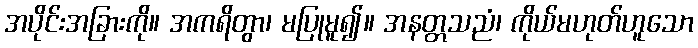
အပိုင်းအခြားကို။ အကရိတွာ၊ မပြုမူ၍။ အနတ္တသညံ၊ ကိုယ်မဟုတ်ဟူသော